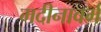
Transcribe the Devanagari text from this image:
मदीनावर्म